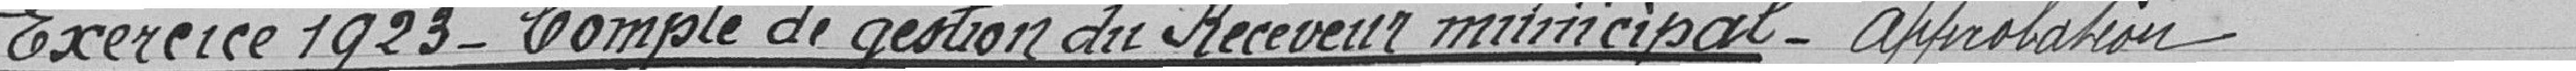
Exercice 1923-Compte de gestion du Receveur municipal-Approbation